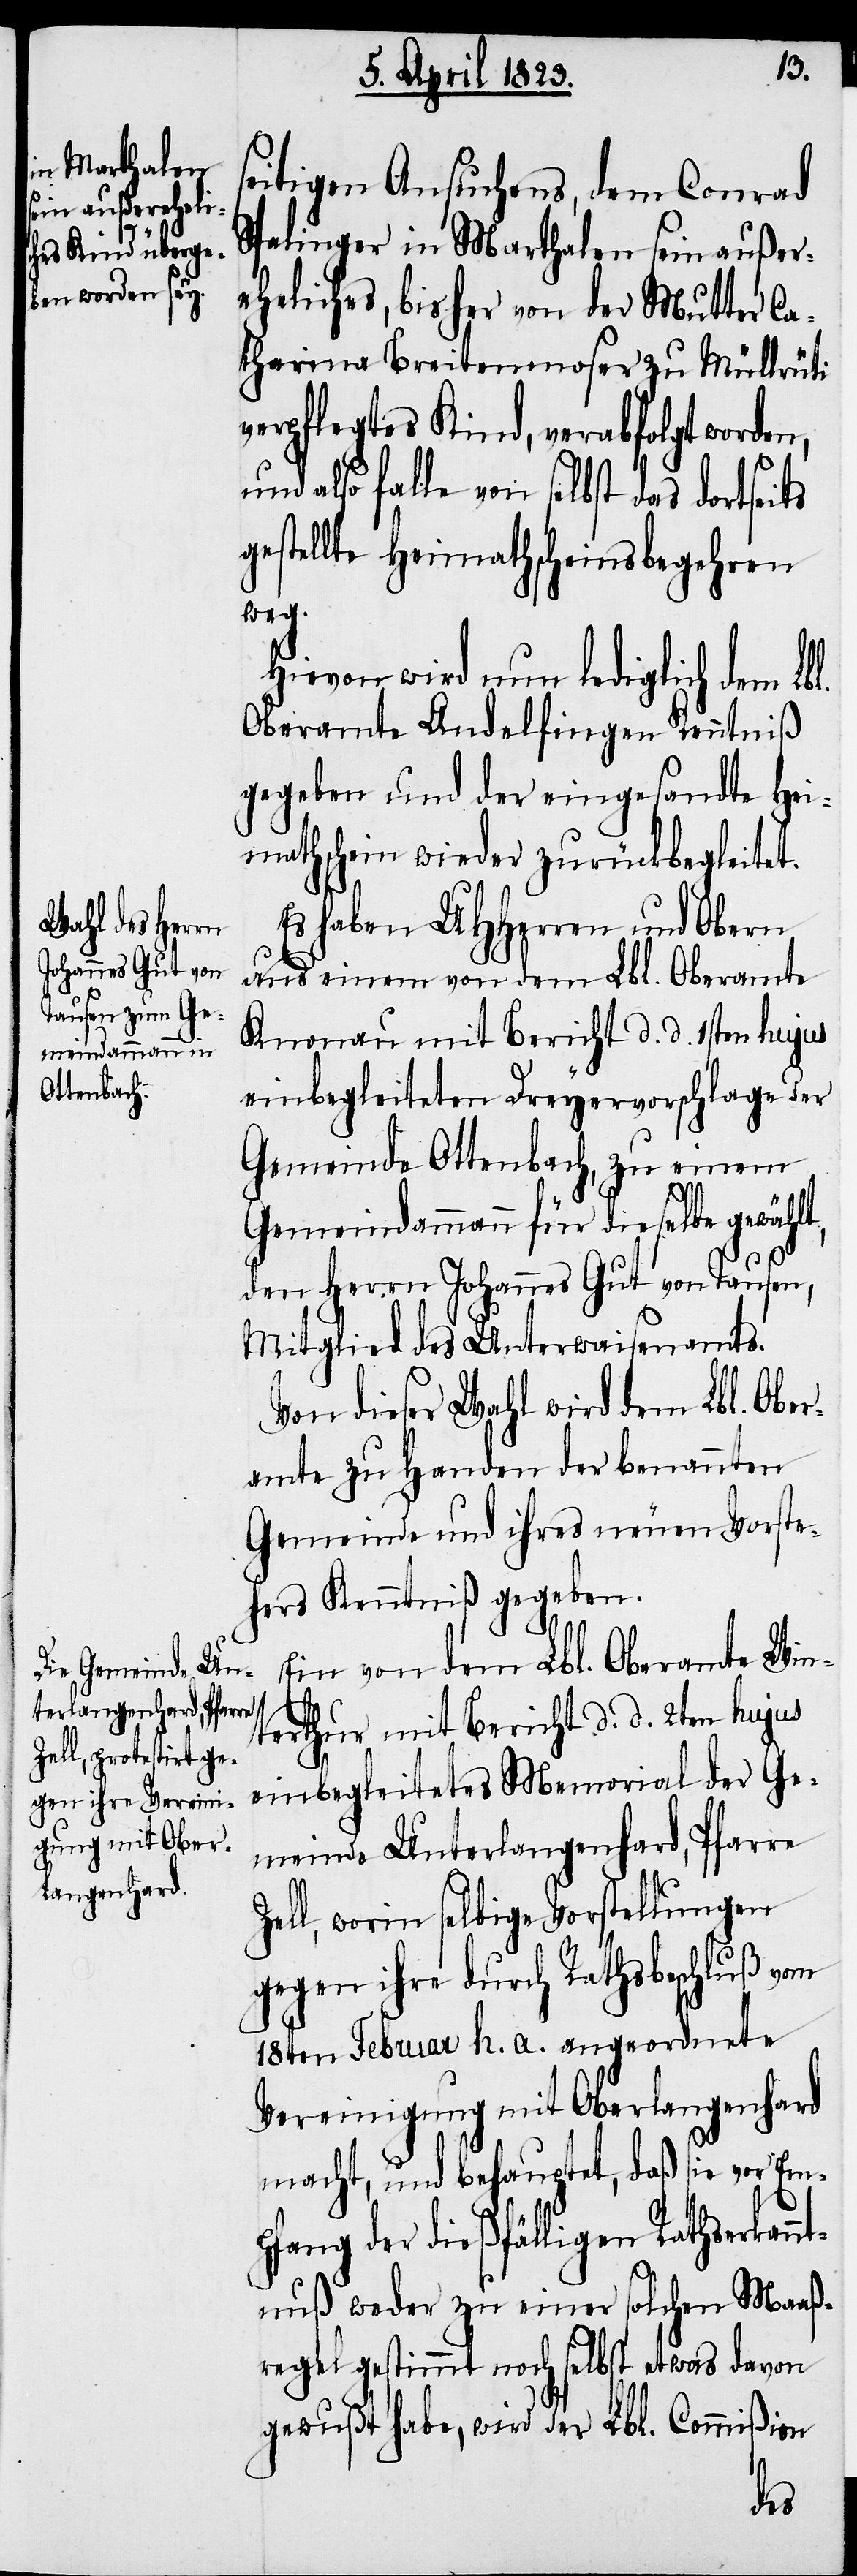
seitigen Ansuchens, dem Conrad
Spalinger in Marthalen sein außer¬
eheliches, bisher von der Mutter Ca¬
tharina Breitenmoser zu Müllrüti
verpflegtes Kind, verabfolgt worden,
also falle von selbst das dortseits
gestellte Heimathscheinsbegehren
weg.
Hievon wird nun lediglich dem Lb¬
Oberamte Andelfingen Kenntniß
gegeben und der eingesandte Hei¬
mathschein wieder zurückbegleitet.
Es haben UHHerren und Obern
aus einem von dem Lbl. Oberamte
Knonau mit Bericht d. d. 1sten hujus
einbegleiteten Dreyervorschlage der
Gemeinde Ottenbach, zu einem
l.
Gemeindammann für dieselbe gewählt,
den Herrn Johannes Gut von Tausen,
Mitglied des Unterwaisenamts.
Von dieser Wahl wird dem Lbl. Ober¬
amte zu Handen der benannten
Gemeinde und ihres neuen Vorste¬
hers Kenntniß gegeben.
Ein von dem Lbl. Oberamte Win¬
terthur mit Bericht d. d. 2ten hujus
einbegleitetes Memorial der Ge¬
meinde Unterlangenhard, Pfarre
Zell, worin selbige Vorstellungen
gegen ihre durch Rathsbeschluß vom
18ten Februar h. a. angeordnete
Vereinigung mit Oberlangenhard
macht, und behauptet, daß sie vor Em¬
pfang der dießfälligen Rathserkan¬
ntnuß weder zu einer solchen Maaß¬
regel gestimmt noch selbst etwas davon
gewußt habe, wird der Lbl. Commißion